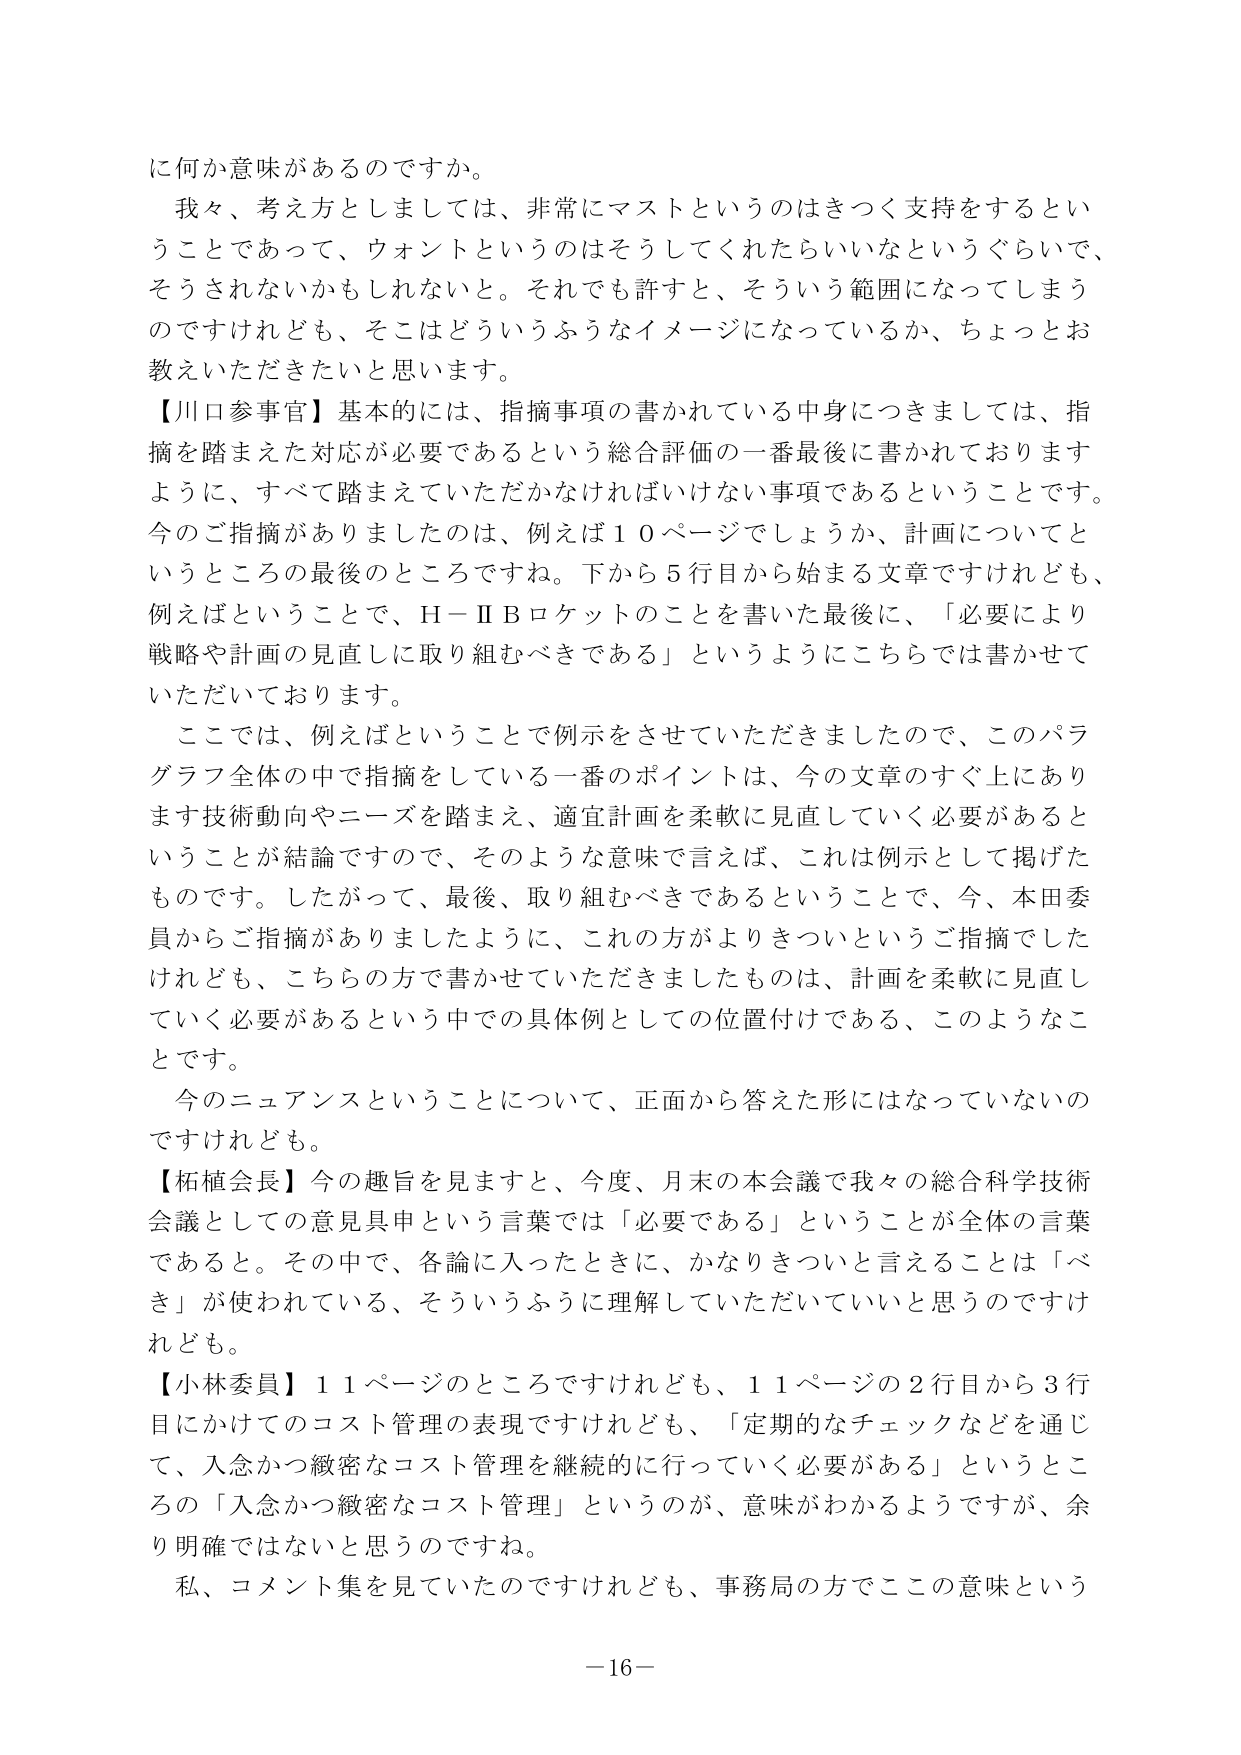
に何か意味があるのですか。

我々、考え方としましては、非常にマストというのはきつく支持をするということであって、ウォントというのはそうしてくれたらいいなというぐらいで、そうされないかもしれない。それでも許すと、そういう範囲になってしまうのですけれども、そこはどういうふうなイメージになっているか、ちょっとお教えいただきたいと思います。

【川口参事官】基本的には、指摘事項の書かれている中身につきましては、指摘を踏まえた対応が必要であるという総合評価の一番最後に書かれておりますように、すべて踏まえていただかなければならない事項であるということです。今のご指摘がありましたのは、例えば１０ページでしょうか、計画についてというところの最後のところですね。下から５行目から始まる文章ですけれども、例えばということで、Ｈ－ⅡＢロケットのことを書いた最後に、「必要により戦略や計画の見直しに取り組むべきである」というようにこちらでは書かせていただいております。

ここでは、例えばということで例示をさせていただきましたので、このパラグラフ全体の中で指摘をしている一番のポイントは、今の文章のすぐ上にあります技術動向やニーズを踏まえ、適宜計画を柔軟に見直していく必要があるということが結論ですので、そのような意味で言えば、これは例示として掲げたものです。したがって、最後、取り組むべきであるということで、今、本田委員からご指摘がありましたように、これの方がよりきついというご指摘でしたけれども、こちらの方で書かせていただきましたものは、計画を柔軟に見直していく必要があるという中での具体例としての位置付けである、このようなことです。

今のニュアンスということについて、正面から答えた形にはなっていないのですけれども。

【柘植会長】今の趣旨を見ますと、今度、月末の本会議で我々の総合科学技術会議としての意見具申という言葉では「必要である」ということが全体の言葉であると。その中で、各論に入ったときに、かなりきついと言えることは「べき」が使われている、そういうふうに理解していただいていいと思うのですけれども。

【小林委員】１１ページのところですけれども、１１ページの２行目から３行目にかけてのコスト管理の表現ですけれども、「定期的なチェックなどを通じて、入念かつ緻密なコスト管理を継続的に行っていく必要がある」というところの「入念かつ緻密なコスト管理」というのが、意味がわかるようですが、余り明確ではないと思うのですね。

私、コメント集を見ていたのですけれども、事務局の方でここの意味という

－16－